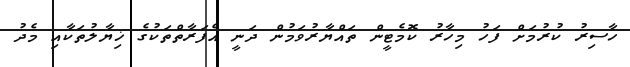
ހާސިރު ކުރުމަށް ފަހު މިހާރު ކޮމެޓީން ތައްޔާރުވަމުން ދަނީ އެފަރާތްތަކުގެ ޚިޔާލުތަކާއި މެދު